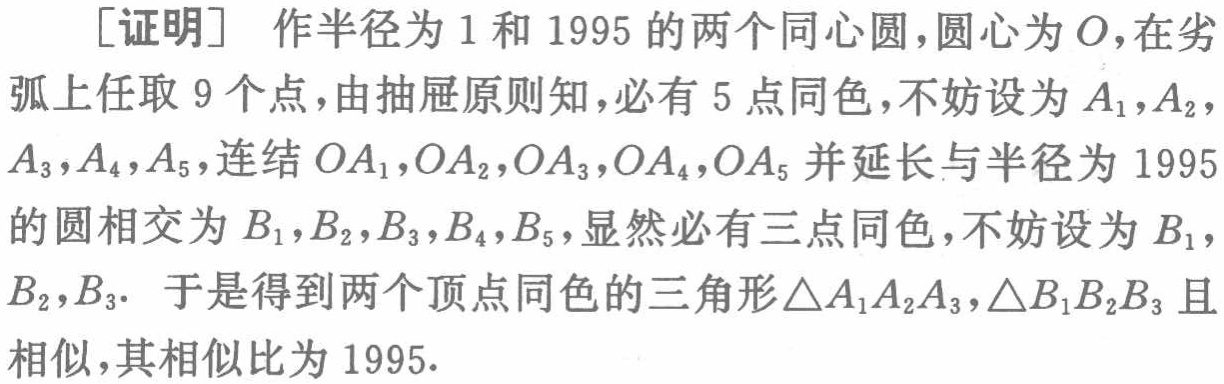
[证明] 作半径为 1 和 1995 的两个同心圆，圆心为 \(O\)，在劣弧上任取 9 个点，由抽屉原则知，必有 5 点同色，不妨设为 \(A_1,A_2,A_3,A_4,A_5\)，连结 \(OA_1,OA_2,OA_3,OA_4,OA_5\) 并延长与半径为 1995 的圆相交为 \(B_1,B_2,B_3,B_4,B_5\)，显然必有三点同色，不妨设为 \(B_1,B_2,B_3\). 于是得到两个顶点同色的三角形 \(\triangle A_1A_2A_3,\triangle B_1B_2B_3\) 且相似，其相似比为 1995.